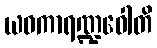
ယဝကာရဏ္ဍဝေါတိ